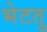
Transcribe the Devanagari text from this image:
भेटतु